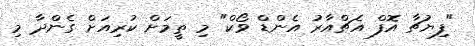
"ފިޔުޗާ އޮފް އެޗްއާރު އެންޑް ވޯކް" މި ތީމަށް ކުރިއަށް ގެންދާ މި